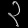
Digit: ၃